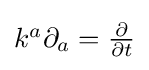
{\textstyle k^{a}\partial _{a}={\frac {\partial }{\partial t}}}